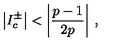
\left| I _ { c } ^ { \pm } \right| < \left| \displaystyle \frac { p - 1 } { 2 p } \right| \: ,